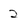
Character: 2